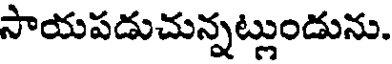
సాయపడుచున్నట్లుండును.